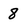
Character: 8